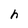
Character: h